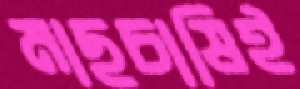
মাছচাষিই